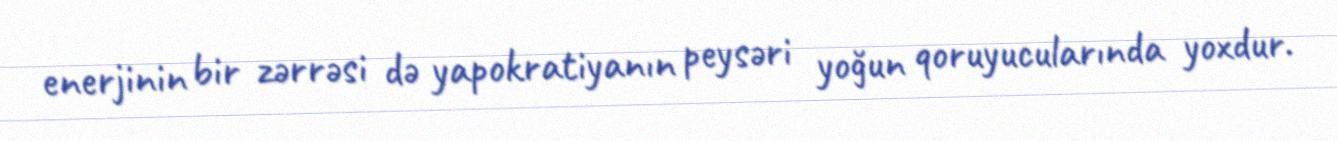
enerjinin bir zərrəsi də yapokratiyanın peysəri yoğun qoruyucularında yoxdur.